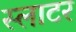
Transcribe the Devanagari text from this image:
स्‍लाटर